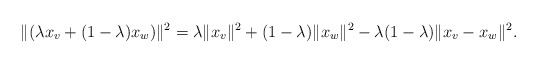
\begin{align*} \|(\lambda x_v + (1-\lambda)x_w)\|^2=\lambda\|x_v\|^2 +(1-\lambda)\|x_w\|^2-\lambda(1-\lambda)\|x_v-x_w\|^2.\end{align*}